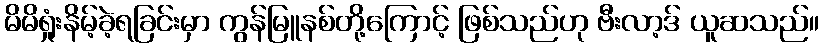
မိမိရှုံးနိမ့်ခဲ့ရခြင်းမှာ ကွန်မြူနစ်တို့ကြောင့် ဖြစ်သည်ဟု ဗီးလာ့ဒ် ယူဆသည်။